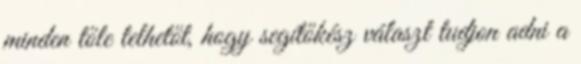
minden tőle telhetőt, hogy segítőkész választ tudjon adni a